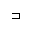
\sqsupset